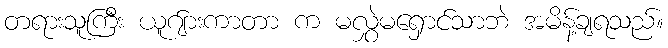
တရားသူကြီး ယူဂ်ျားကာတာ က မလွှဲမရှောင်သာဘဲ အမိန့်ချရသည်။